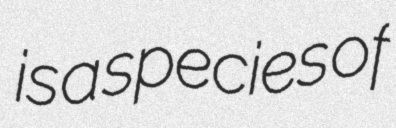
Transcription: is a species of